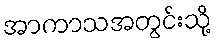
အာကာသအတွင်းသို့